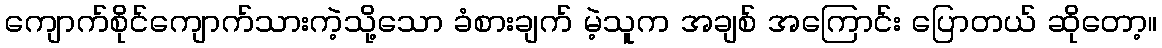
ကျောက်စိုင်ကျောက်သားကဲ့သို့သော ခံစားချက် မဲ့သူက အချစ် အကြောင်း ပြောတယ် ဆိုတော့။